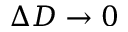
\Delta D \to 0